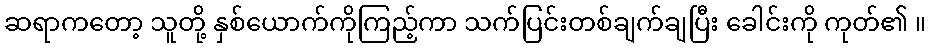
ဆရာကတော့ သူတို့ နှစ်ယောက်ကိုကြည့်ကာ သက်ပြင်းတစ်ချက်ချပြီး ခေါင်းကို ကုတ်၏ ။